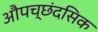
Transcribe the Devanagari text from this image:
औपच्छंदसिक